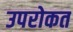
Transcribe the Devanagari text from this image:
उपरोकत